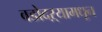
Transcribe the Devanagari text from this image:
वडोदऱ्यामधून